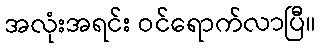
အလုံးအရင်း ဝင်ရောက်လာပြီ။